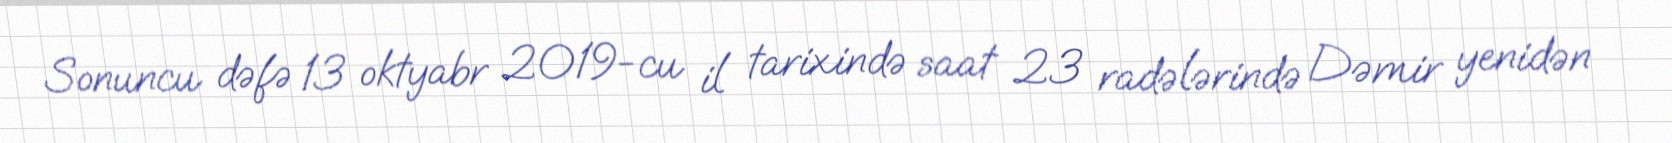
Sonuncu dəfə 13 oktyabr 2019-cu il tarixində saat 23 radələrində Dəmir yenidən